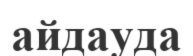
айдауда